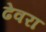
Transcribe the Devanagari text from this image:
ढेवरा